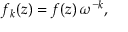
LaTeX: f _ { k } ( z ) = f ( z ) \, \omega ^ { - k } ,